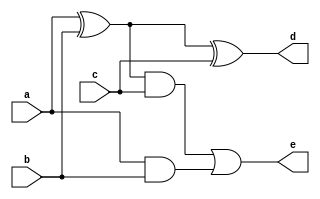
`timescale 1ns / 1ps
//////////////////////////////////////////////////////////////////////////////////
// Company: 
// Engineer: 
// 
// Design Name: 
// Module Name: inv
// Project Name: 
// Target Devices: 
// Tool Versions: 
// Description: 
// 
// Dependencies: 
// 
// Revision:
// Revision 0.01 - File Created
// Additional Comments: 
// 
//////////////////////////////////////////////////////////////////////////////////


module inv(
    input a, b, c,
    output d, e
    );
    assign d = (a^b)^c;
    assign e = ((a^b)&c) | (a&b); 
endmodule